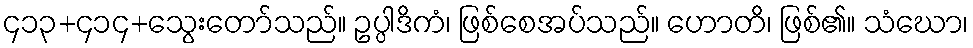
၄၁၃+၄၁၄+သွေးတော်သည်။ ဥပ္ပါဒိကံ၊ ဖြစ်စေအပ်သည်။ ဟောတိ၊ ဖြစ်၏။ သံဃော၊